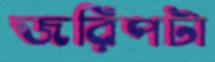
জরিপটা